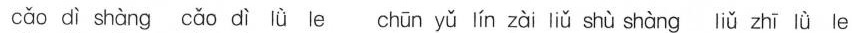
cǎo dì shàng cǎo dì lǜ le chūn yǔ lín zài liǔ shù shàng iǔ zhī lǜ le